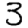
Digit: 3